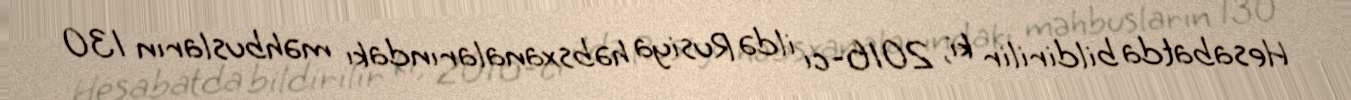
Hesabatda bildirilir ki, 2016-cı ildə Rusiya həbsxanalarındakı məhbusların 130